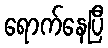
ရောက်နေပြီ